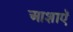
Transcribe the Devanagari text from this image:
आशाऍ